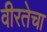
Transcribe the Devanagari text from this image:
वीरतेचा